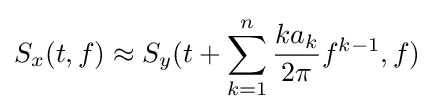
S_{x}(t,f)\approx S_{y}(t+\sum \limits _{k=1}^{n}{\frac {ka_{k}}{2\pi }}f^{k-1},f)